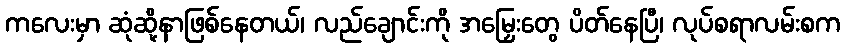
ကလေးမှာ ဆုံဆို့နာဖြစ်နေတယ်၊ လည်ချောင်းကို အမြှေးတွေ ပိတ်နေပြီ၊ လုပ်စရာလမ်းစက